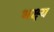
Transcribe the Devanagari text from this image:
भक्ष्यं